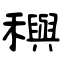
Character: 穥